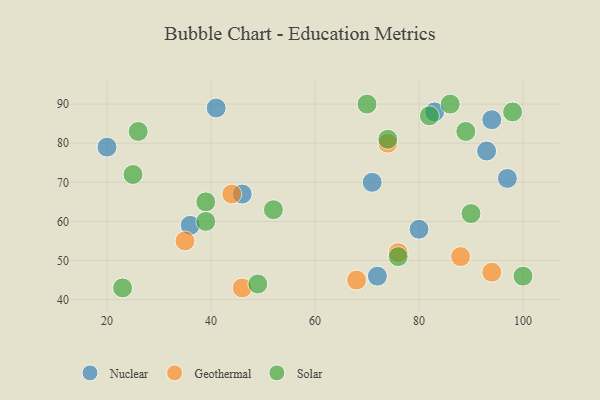
{"axis": {"x": "GDP", "y": "Life Expectancy"}, "legend": ["Geothermal", "Nuclear", "Solar"], "data": [{"x": "83", "y": 88, "type": "Nuclear"}, {"x": "93", "y": 78, "type": "Nuclear"}, {"x": "46", "y": 67, "type": "Nuclear"}, {"x": "97", "y": 71, "type": "Nuclear"}, {"x": "20", "y": 79, "type": "Nuclear"}, {"x": "36", "y": 59, "type": "Nuclear"}, {"x": "41", "y": 89, "type": "Nuclear"}, {"x": "94", "y": 86, "type": "Nuclear"}, {"x": "71", "y": 70, "type": "Nuclear"}, {"x": "80", "y": 58, "type": "Nuclear"}, {"x": "72", "y": 46, "type": "Nuclear"}, {"x": "74", "y": 80, "type": "Geothermal"}, {"x": "35", "y": 55, "type": "Geothermal"}, {"x": "44", "y": 67, "type": "Geothermal"}, {"x": "46", "y": 43, "type": "Geothermal"}, {"x": "88", "y": 51, "type": "Geothermal"}, {"x": "68", "y": 45, "type": "Geothermal"}, {"x": "94", "y": 47, "type": "Geothermal"}, {"x": "76", "y": 52, "type": "Geothermal"}, {"x": "100", "y": 46, "type": "Solar"}, {"x": "82", "y": 87, "type": "Solar"}, {"x": "86", "y": 90, "type": "Solar"}, {"x": "98", "y": 88, "type": "Solar"}, {"x": "23", "y": 43, "type": "Solar"}, {"x": "76", "y": 51, "type": "Solar"}, {"x": "26", "y": 83, "type": "Solar"}, {"x": "74", "y": 81, "type": "Solar"}, {"x": "52", "y": 63, "type": "Solar"}, {"x": "89", "y": 83, "type": "Solar"}, {"x": "39", "y": 65, "type": "Solar"}, {"x": "39", "y": 60, "type": "Solar"}, {"x": "25", "y": 72, "type": "Solar"}, {"x": "70", "y": 90, "type": "Solar"}, {"x": "90", "y": 62, "type": "Solar"}, {"x": "49", "y": 44, "type": "Solar"}]}